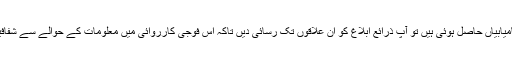
ڈی ڈبلیو سے بات کرتے ہوئے انہوں نے کہا کہ "اگر آپ کو اتنی کامیابیاں حاصل ہوئی ہیں تو آپ ذرائع ابلاغ کو ان علاقوں تک رسائی دیں تاکہ اس فوجی کارروائی میں معلومات کے حوالے سے شفافیت کا عنصر آئے اور اگر کوئی شکوک ہیں بھی تو وہ دور ہو جائیں۔